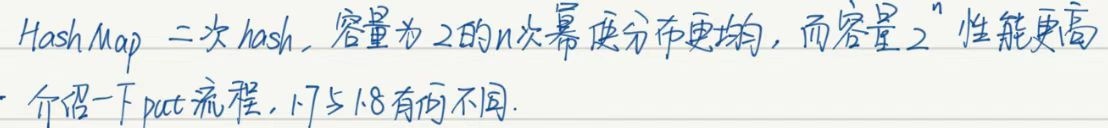
HashMap 二次 hash, 容量为 2的n次幂使分布更均, 而容量 $2^{n}$ 性能更高介绍一下put流程, 1.7与1.8有何不同.